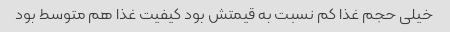
خیلی حجم غذا کم نسبت به قیمتش بود کیفیت غذا هم متوسط بود